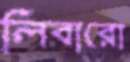
লিবারো